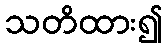
သတိထား၍